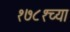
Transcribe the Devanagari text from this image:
१७८१च्या